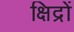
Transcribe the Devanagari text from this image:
क्षिद्रों